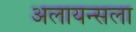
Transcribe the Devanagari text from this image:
अलायन्सला